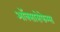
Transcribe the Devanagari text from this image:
ऑक्सासेफेम्स